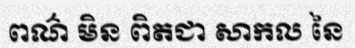
ពណ៌ មិន ពិតជា សាកល នៃ